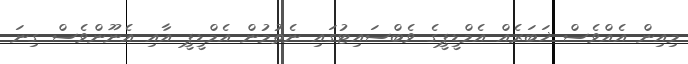
މިއިން އެއްވެސް ޚަބަރެއް އެމްޑީޕީގެ ވެބްސައިޓުގައި ނެތުމުން އެމްޑީޕީ އާއި އެނޫންވެސް ގިނަ